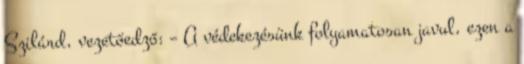
Szilárd, vezetőedző: – A védekezésünk folyamatosan javul, ezen a